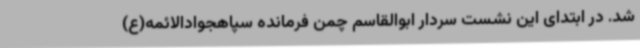
شد. در ابتدای این نشست سردار ابوالقاسم چمن فرمانده سپاهجوادالائمه(ع)